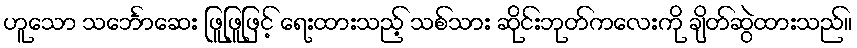
ဟူသော သင်္ဘောဆေး ဖြူဖြူဖြင့် ရေးထားသည့် သစ်သား ဆိုင်းဘုတ်ကလေးကို ချိတ်ဆွဲထားသည်။